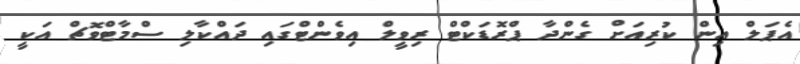
އެޕަލް އިން ކުރިއަށް ގެންދާ ޕްރޮޑަކްޓް ރިވީލް އިވެންޓްގައި ދައްކާލި ސްމާޓްވޮޗް އަކީ